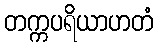
တက္ကပရိယာဟတံ